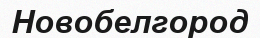
Новобелгород